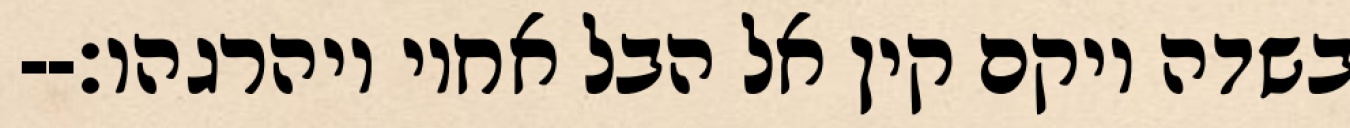
בשדה ויקם קין אל הבל אחיו ויהרגהו׃--